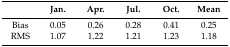
<table><thead><tr><td></td><td><b>Jan.</b></td><td><b>Apr.</b></td><td><b>Jul.</b></td><td><b>Oct.</b></td><td><b>Mean</b></td></tr></thead><tbody><tr><td>Bias</td><td>0.05</td><td>0.26</td><td>0.28</td><td>0.41</td><td>0.25</td></tr><tr><td>RMS</td><td>1.07</td><td>1.22</td><td>1.21</td><td>1.23</td><td>1.18</td></tr></tbody></table>